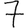
Digit: 7